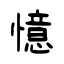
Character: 憶